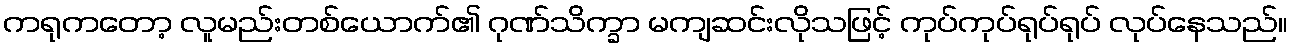
ကရုကတော့ လူမည်းတစ်ယောက်၏ ဂုဏ်သိက္ခာ မကျဆင်းလိုသဖြင့် ကုပ်ကုပ်ရုပ်ရုပ် လုပ်နေသည်။